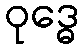
ဝုဒ္ဓေ